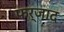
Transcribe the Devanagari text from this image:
फर्जाद